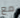
مع